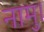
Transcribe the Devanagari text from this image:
नामु।